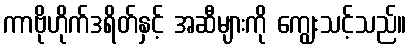
ကာဗိုဟိုက်ဒရိတ်နှင့် အဆီများကို ကျွေးသင့်သည်။